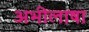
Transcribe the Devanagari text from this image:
अभीलाषा